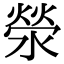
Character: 滎